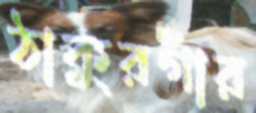
ঠাকুরগাঁর